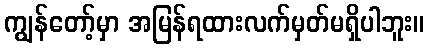
ကျွန်တော့်မှာ အမြန်ရထားလက်မှတ်မရှိပါဘူး။